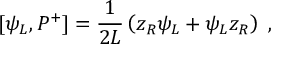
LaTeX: [ \psi _ { L } , P ^ { + } ] = { \frac { 1 } { 2 L } } \left( z _ { R } \psi _ { L } + \psi _ { L } z _ { R } \right) \; ,